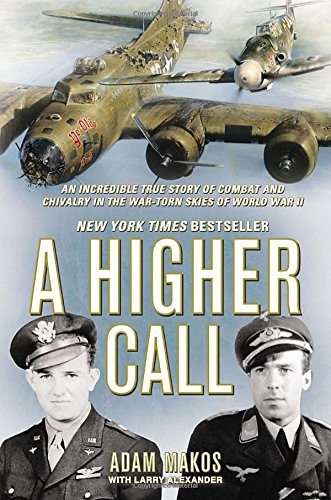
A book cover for A Higher Call: An Incredible True Story of Combat and Chivalry in the War-Torn Skies of World W ar II; Adam Makos; Biographies & Memoirs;